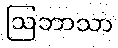
ဩဘာသာ